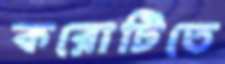
করোটিতে